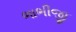
ભાભીજી